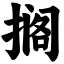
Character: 搁